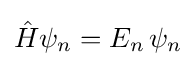
{\hat {H}}\psi _{n}=E_{n}\,\psi _{n}